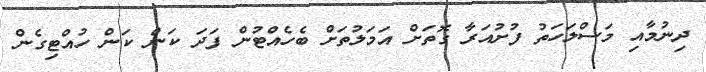
ދިނުމާއި މަސްލަހަތު ފުށުއަރާ ގޮތަށް އަމަލުތަށް ބެހެއްޓުން ފަދަ ކަން ކަން ހުއްޓިގެން